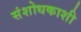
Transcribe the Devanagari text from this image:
संशोधकाशी